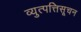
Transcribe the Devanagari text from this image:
व्युत्पत्तिसूचन